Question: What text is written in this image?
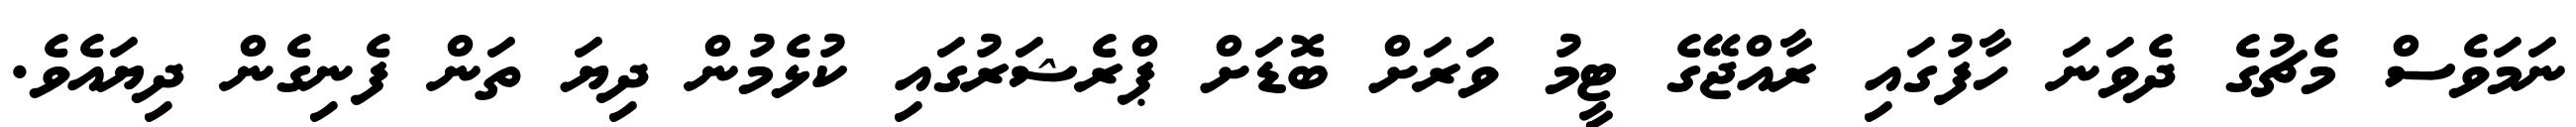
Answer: ނަމަވެސް މެޗުގެ ދެވަނަ ހާފުގައި ރާއްޖޭގެ ޓީމު ވަރަށް ބޮޑަށް ޕްރެޝަރުގައި ކުޅެމުން ދިޔަ ތަން ފެނިގެން ދިޔައެވެ.